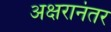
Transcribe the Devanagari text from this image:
अक्षरानंतर